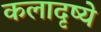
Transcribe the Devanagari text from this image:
कलादृष्ये